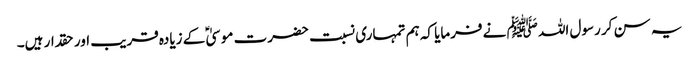
یہ سن کر رسول اللہ ﷺ نے فرمایا کہ ہم تمہاری نسبت حضرت موسیٰ ؑ کے زیادہ قریب اور حقدار ہیں۔